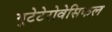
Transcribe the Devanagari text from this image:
युटेटेरोवेसिकल